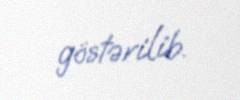
göstərilib.